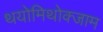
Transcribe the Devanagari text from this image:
थयोमिथोक्‍जाम